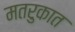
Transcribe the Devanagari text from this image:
मतरुकात